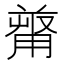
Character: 𠭻